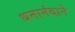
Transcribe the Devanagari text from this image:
धनानंदाने